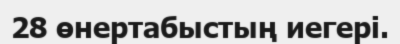
28 өнертабыстың иегері.